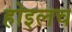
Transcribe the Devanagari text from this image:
होइलच